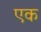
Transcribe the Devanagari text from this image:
एक